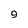
Character: 9